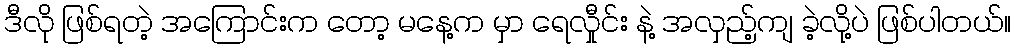
ဒီလို ဖြစ်ရတဲ့ အကြောင်းက တော့ မနေ့က မှာ ရေလှီုင်း နဲ့ အလှည့်ကျ ခဲ့လို့ပဲ ဖြစ်ပါတယ်။